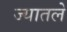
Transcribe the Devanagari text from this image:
ज्यातले